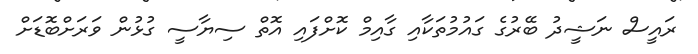
ރައީސް ނަޝީދު ބޭރުގެ ގައުމުތަކާއި ގާއިމް ކޮށްފައި އޮތް ސިޔާސީ ގުޅުން ވަރަށްބޮޑަށް